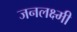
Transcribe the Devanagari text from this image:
जनलक्ष्मी